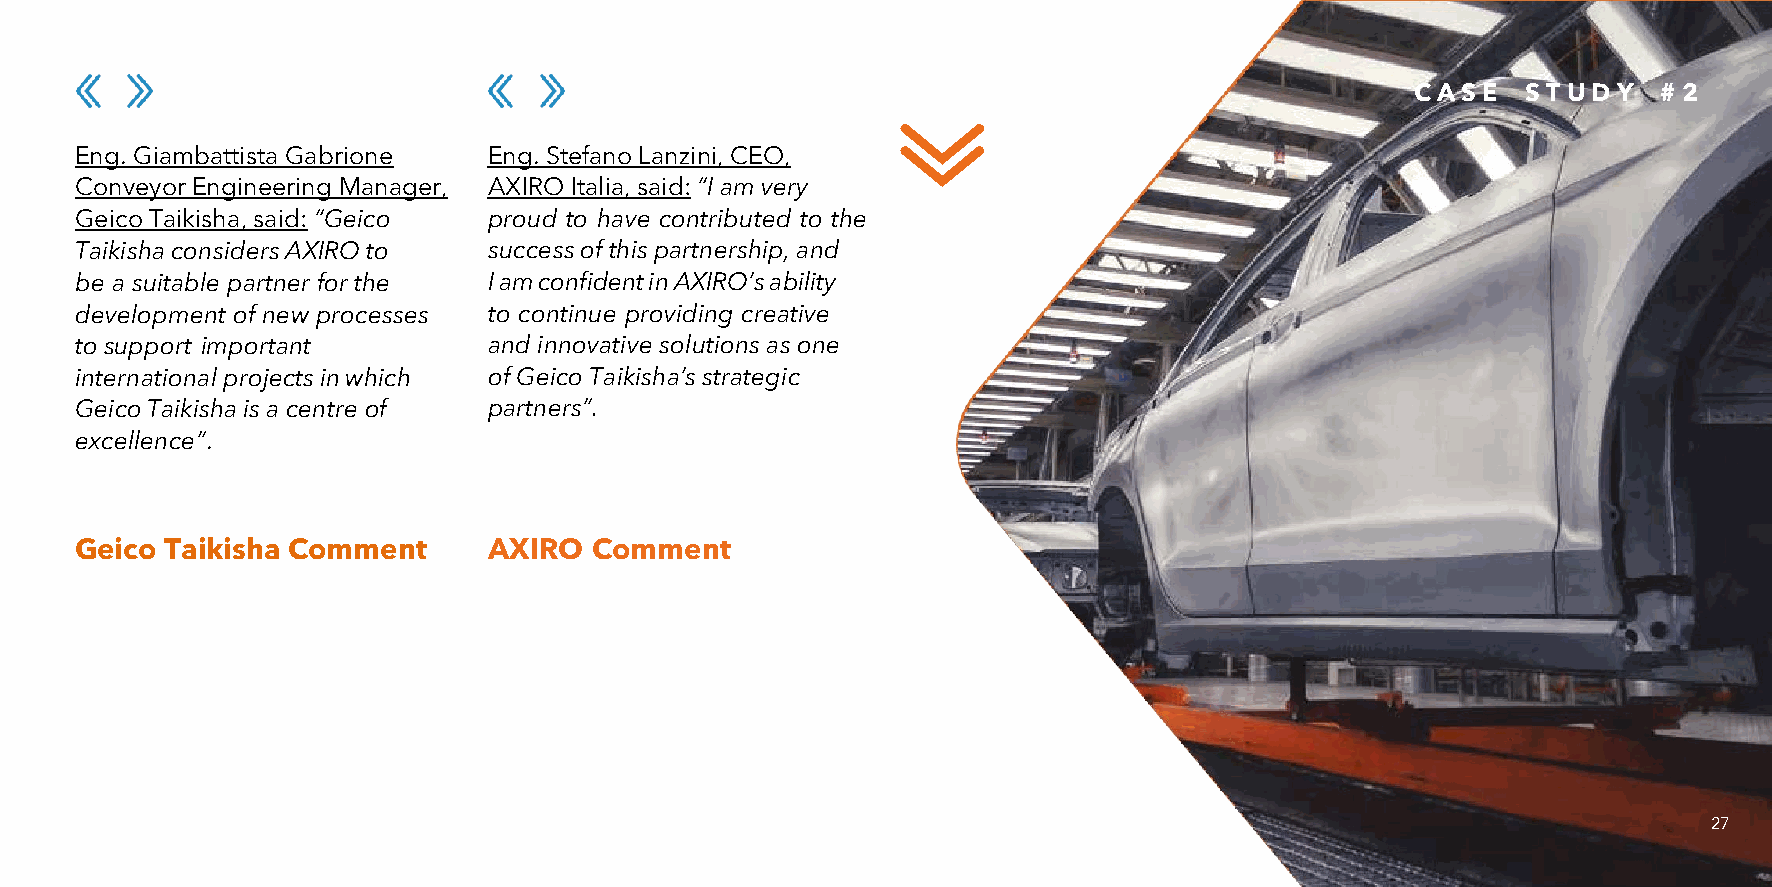
C A S E S T U D Y # 2
 Eng. Giambattista Gabrione Eng. Stefano Lanzini, CEO,
 Conveyor Engineering Manager, AXIRO Italia, said: “I am very
 Geico Taikisha, said: “Geico proud to have contributed to the
 Taikisha considers AXIRO to success of this partnership, and
 be a suitable partner for the I am confident in AXIRO’s ability
 development of new processes to continue providing creative
 to support important       and innovative solutions as one
 international projects in which of Geico Taikisha’s strategic
 Geico Taikisha is a centre of partners”.
 excellence”.
 Geico Taikisha Comment     AXIRO  Comment
 27